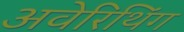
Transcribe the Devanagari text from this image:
अवेरिथिंग